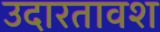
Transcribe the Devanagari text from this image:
उदारतावश